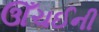
ઊઁચઈની